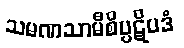
သမဏသာမီစိပ္ပဋိပဒံ